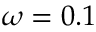
\omega = 0 . 1